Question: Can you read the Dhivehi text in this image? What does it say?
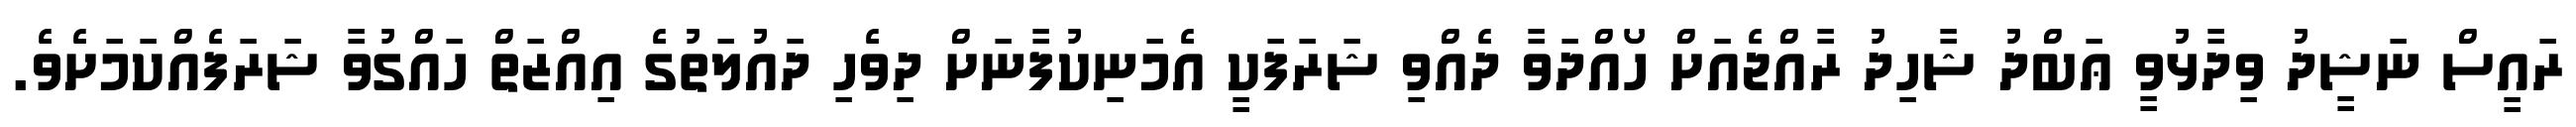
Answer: ރައީސް ނަޝީދު ވިދާޅުވީ ޢަބްދު ޝާހިދު ރާއްޖެއަށް ހޯއްދަވާ ދެއްވި ޝަރަފަކީ އެމަނިކުފާނަށް ދިވެހި ދައުލަތުގެ އިއްޒަތް ހައްގުވާ ޝަރަފެއްކަމަށެވެ.